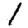
Digit: 1